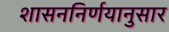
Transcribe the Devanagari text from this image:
शासननिर्णयानुसार